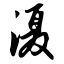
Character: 滠